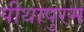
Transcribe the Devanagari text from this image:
पीथापुरम